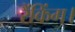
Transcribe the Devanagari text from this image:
रैंकिंग।